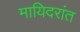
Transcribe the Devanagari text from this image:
मायिदरांत